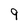
Character: 9